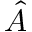
\hat { A }